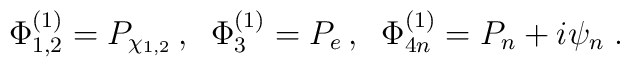
\Phi_{1,2}^{(1)}= P_{\chi_{1,2}}\,, \; \; \Phi_3^{(1)}= P_e\,, \;\;\Phi_{4n}^{(1)}= P_n +i\psi_n  \;.